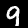
Label: 9